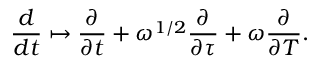
\frac { d } { d t } \mapsto \frac { \partial } { \partial t } + \omega ^ { 1 / 2 } \frac { \partial } { \partial \tau } + \omega \frac { \partial } { \partial T } .